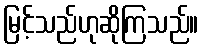
မြင့်သည်ဟုဆိုကြသည်။